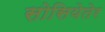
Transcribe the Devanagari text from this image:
सोसियेतेर